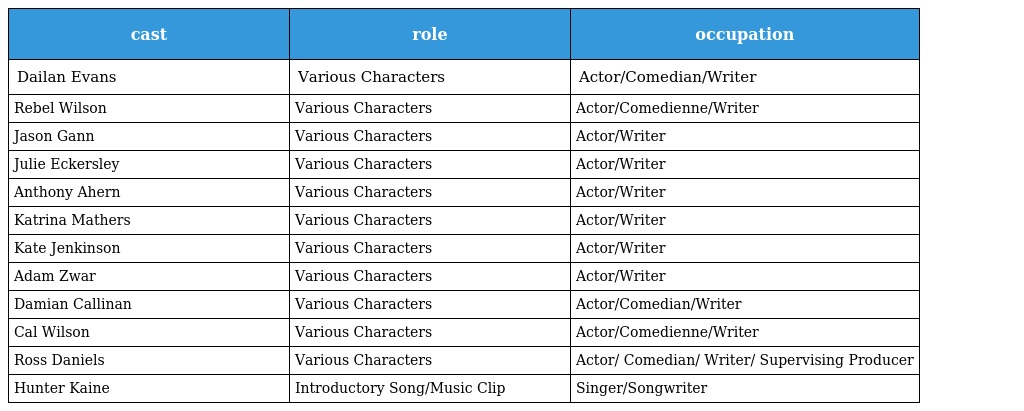
| cast | role | occupation |
 | --- | --- | --- |
 | Dailan Evans | Various Characters | Actor/Comedian/Writer |
 | Rebel Wilson | Various Characters | Actor/Comedienne/Writer |
 | Jason Gann | Various Characters | Actor/Writer |
 | Julie Eckersley | Various Characters | Actor/Writer |
 | Anthony Ahern | Various Characters | Actor/Writer |
 | Katrina Mathers | Various Characters | Actor/Writer |
 | Kate Jenkinson | Various Characters | Actor/Writer |
 | Adam Zwar | Various Characters | Actor/Writer |
 | Damian Callinan | Various Characters | Actor/Comedian/Writer |
 | Cal Wilson | Various Characters | Actor/Comedienne/Writer |
 | Ross Daniels | Various Characters | Actor/ Comedian/ Writer/ Supervising Producer |
 | Hunter Kaine | Introductory Song/Music Clip | Singer/Songwriter |